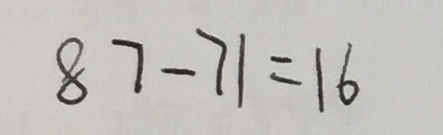
8 7 - 7 1 = 1 6